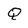
Character: Q